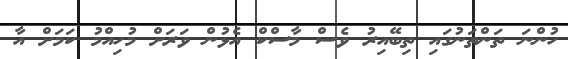
ހުންނަ ތަންތަނުގައި ތިބޭއިރު ވެސް މާސްކް އެޅުން ވަރަށް މުހިއްމު ކަމަށް އާ